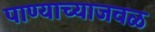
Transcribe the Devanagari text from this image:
पाण्याच्याजवळ